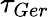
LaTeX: \tau_{Ger}